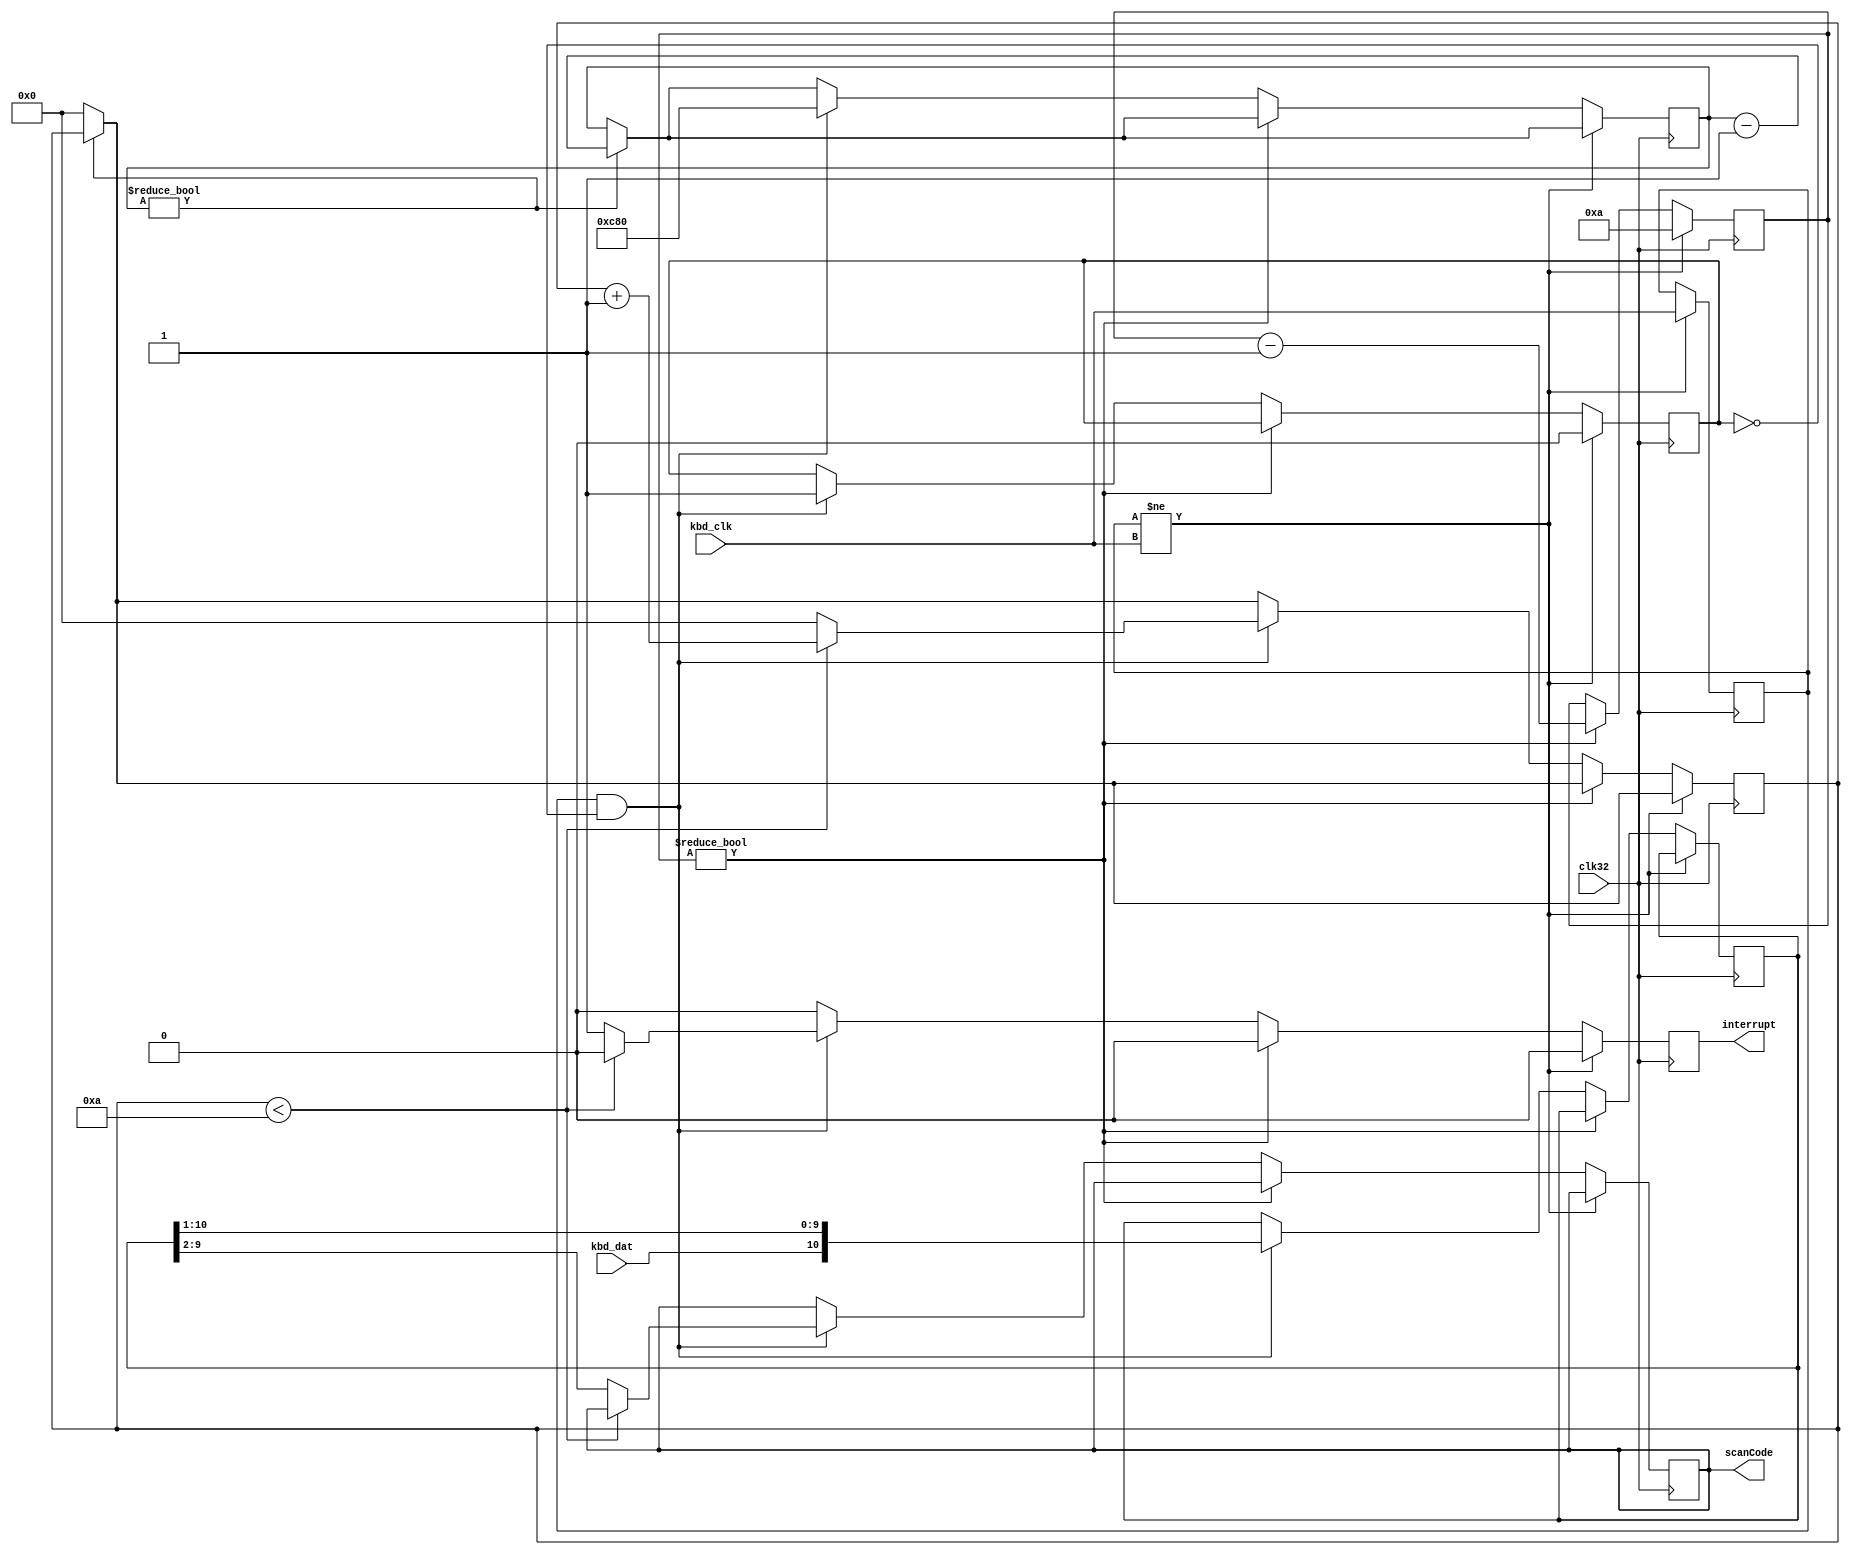
/*

************************************************************

A simple PS/2 keyboard interface for FPGA written in Verilog

           Copyright (c) 2024 by Robin Jacobs (elholandes44@gmail.com)

************************************************************

Permission is hereby granted, free of charge, to any person obtaining a copy
of this software and associated documentation files (the "Software"), to deal
in the Software without restriction, including without limitation the rights
to use, copy, modify, merge, publish, distribute, sublicense, and/or sell
copies of the Software, and to permit persons to whom the Software is
furnished to do so, subject to the following conditions:

The above copyright notice and this permission notice shall be included in all
copies or substantial portions of the Software.

THE SOFTWARE IS PROVIDED "AS IS", WITHOUT WARRANTY OF ANY KIND, EXPRESS OR
IMPLIED, INCLUDING BUT NOT LIMITED TO THE WARRANTIES OF MERCHANTABILITY,
FITNESS FOR A PARTICULAR PURPOSE AND NONINFRINGEMENT. IN NO EVENT SHALL THE
AUTHORS OR COPYRIGHT HOLDERS BE LIABLE FOR ANY CLAIM, DAMAGES OR OTHER
LIABILITY, WHETHER IN AN ACTION OF CONTRACT, TORT OR OTHERWISE, ARISING FROM,
OUT OF OR IN CONNECTION WITH THE SOFTWARE OR THE USE OR OTHER DEALINGS IN THE
SOFTWARE.

*/

module ps2_keyboard (
    input wire clk32,                               // System clock 32Mhz, not critical but TIMOUT_VALUE and SAMPLE_DELAY must be adjusted for other frequencies
    input wire kbd_clk,                             // Keyboard clock line
    input wire kbd_dat,                             // Keyboard data line
    output reg interrupt,                           // Interrupt signal
    output reg [7:0] scanCode                       // 8 bit scancode
);
    localparam TIMEOUT_VALUE = 15'd3200;            // 100 uS at 32 Mhz
    localparam SAMPLE_DELAY = 5'd10;                // 10 cycles at 32 Mhz

    reg previousClock;                              // Previous clock value to detect clock edges
    reg bitDone;                                    // Flag to indicate that a bit has already been processed
    reg [10:0] shiftRegister = 11'b0;               // Shift register for received data
    reg [4:0] debounceCnt = 5'b0;	  		    	// Clock debounce filter counter
	reg [14:0] timeout = 15'b0;						// Bus timeout counter
	reg [3:0] bitsCount = 4'b0;                     // Number of bits received

    always @(posedge clk32) begin
        interrupt <= 1'b0;                          // Clear interrupt signal by default
                                                    // Timeout check to check if bus does not send any data for more than 100 uS
        if (timeout != 0)                           // Timeout counter is not zero
            timeout <= timeout - 1'b1;              // Decrement timeout counter
        else                                        // Timeout counter is zero
            bitsCount <= 0;                         // Reset bits counter

        if (previousClock != kbd_clk) begin			// Filter instability on the clock line, the clock should remain the same at least SAMPLE_DELAY cycles
				bitDone <= 1'b0;                    // It will be a new bit so it is not "done"
            debounceCnt <= SAMPLE_DELAY;            // Wait SAMPLE_DELAY cycles before sampling
            previousClock <= kbd_clk;               // Store clock edge to detect changes
        end else if (debounceCnt != 0) begin        // Debounce counter is not zero, wait more
            debounceCnt <= debounceCnt - 5'b00001;  // Decrement debounce counter
        end else if (previousClock == 1'b1 && bitDone == 1'b0) begin
            shiftRegister <= {kbd_dat, shiftRegister[10:1]};// Move data into shift register
            timeout <= TIMEOUT_VALUE;               // Reset timeout
            if (bitsCount < 10) begin
                bitsCount <= bitsCount + 4'b0001;
            end else begin                          // All 10 bits received
			    interrupt <= 1'b1;                  // Set interrupt signal
                bitsCount <= 0;                     // Reset bits counter
                scanCode <= shiftRegister[9:2];     // Output scancode
            end
            bitDone <= 1'b1;                        // Bit processed and wait for next one
        end
    end
endmodule